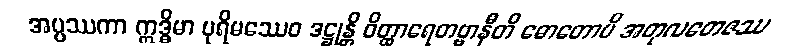
အပ္ပဿကာ ဣဒ္ဓိမာ ပုရိမဿေဝ ဒဋ္ဌုန္တိ ဝိတ္ထာရေတဗ္ဗာနီတိ ဓောတောပိ အတုလတေဇဿ